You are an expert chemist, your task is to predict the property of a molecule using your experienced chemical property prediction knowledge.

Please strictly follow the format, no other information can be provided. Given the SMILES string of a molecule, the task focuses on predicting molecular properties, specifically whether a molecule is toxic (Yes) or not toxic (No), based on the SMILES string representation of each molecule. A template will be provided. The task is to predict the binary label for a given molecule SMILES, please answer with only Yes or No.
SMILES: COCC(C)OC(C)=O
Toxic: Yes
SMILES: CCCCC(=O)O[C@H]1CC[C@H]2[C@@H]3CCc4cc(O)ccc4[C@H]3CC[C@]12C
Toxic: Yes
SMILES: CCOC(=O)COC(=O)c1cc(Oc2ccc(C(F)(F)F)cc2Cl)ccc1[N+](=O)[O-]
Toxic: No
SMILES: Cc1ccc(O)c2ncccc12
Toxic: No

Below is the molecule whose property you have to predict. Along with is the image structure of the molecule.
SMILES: CN1CCCC(n2nc(Cc3ccc(Cl)cc3)c3ccccc3c2=O)CC1
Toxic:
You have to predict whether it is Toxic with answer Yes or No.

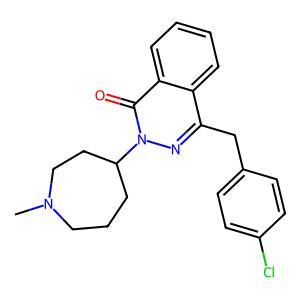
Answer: No